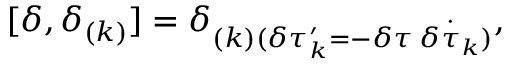
[ \delta , \delta _ { ( k ) } ] = \delta _ { ( k ) ( \delta \tau _ { k } ^ { \prime } = - \delta \tau \: \dot { \delta \tau _ { k } } ) } ,